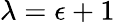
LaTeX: \lambda=\epsilon+1